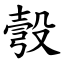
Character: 彀